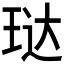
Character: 𮴘